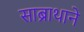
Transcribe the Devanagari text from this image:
साब्राथाने